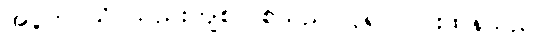
အပူက သိပ်သည်းကျစ်လစ်သည်၊ ပို၍ ပြင်းထန်သည်။